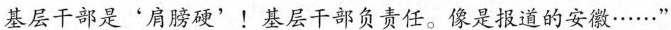
基层干部是’肩膀硬’！基层干部负责任。像是报道的安徽······”